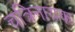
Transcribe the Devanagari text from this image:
चत्रिनायक